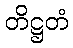
တိဋ္ဌတံ